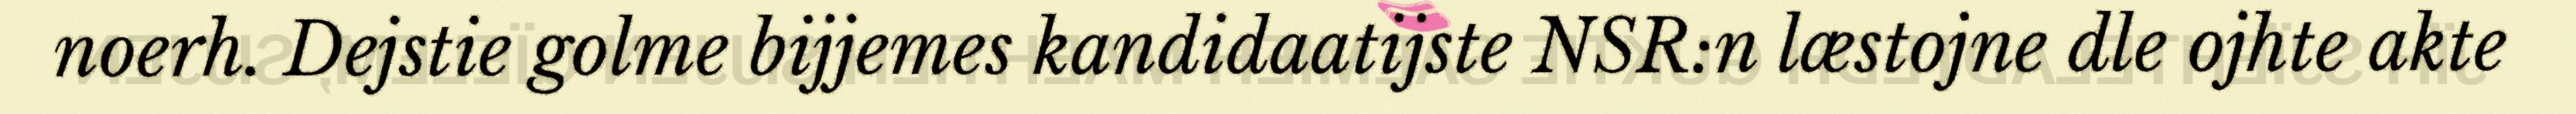
noerh. Dejstie golme bijjemes kandidaatijste NSR:n læstojne dle ojhte akte